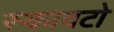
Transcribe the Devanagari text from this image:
रूकावटो